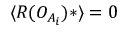
\langle { \cal R } ( { \cal O } _ { A _ { i } } ) * \rangle = 0